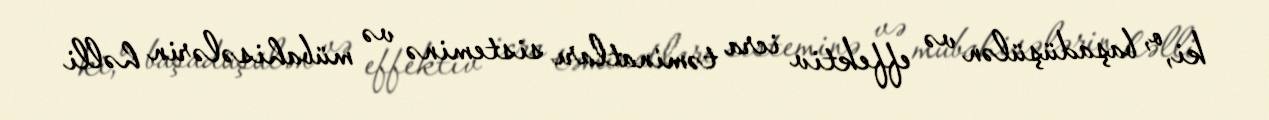
ki, o, başadüşülən və effektiv icra təminatları sisteminə və mübahisələrin həlli